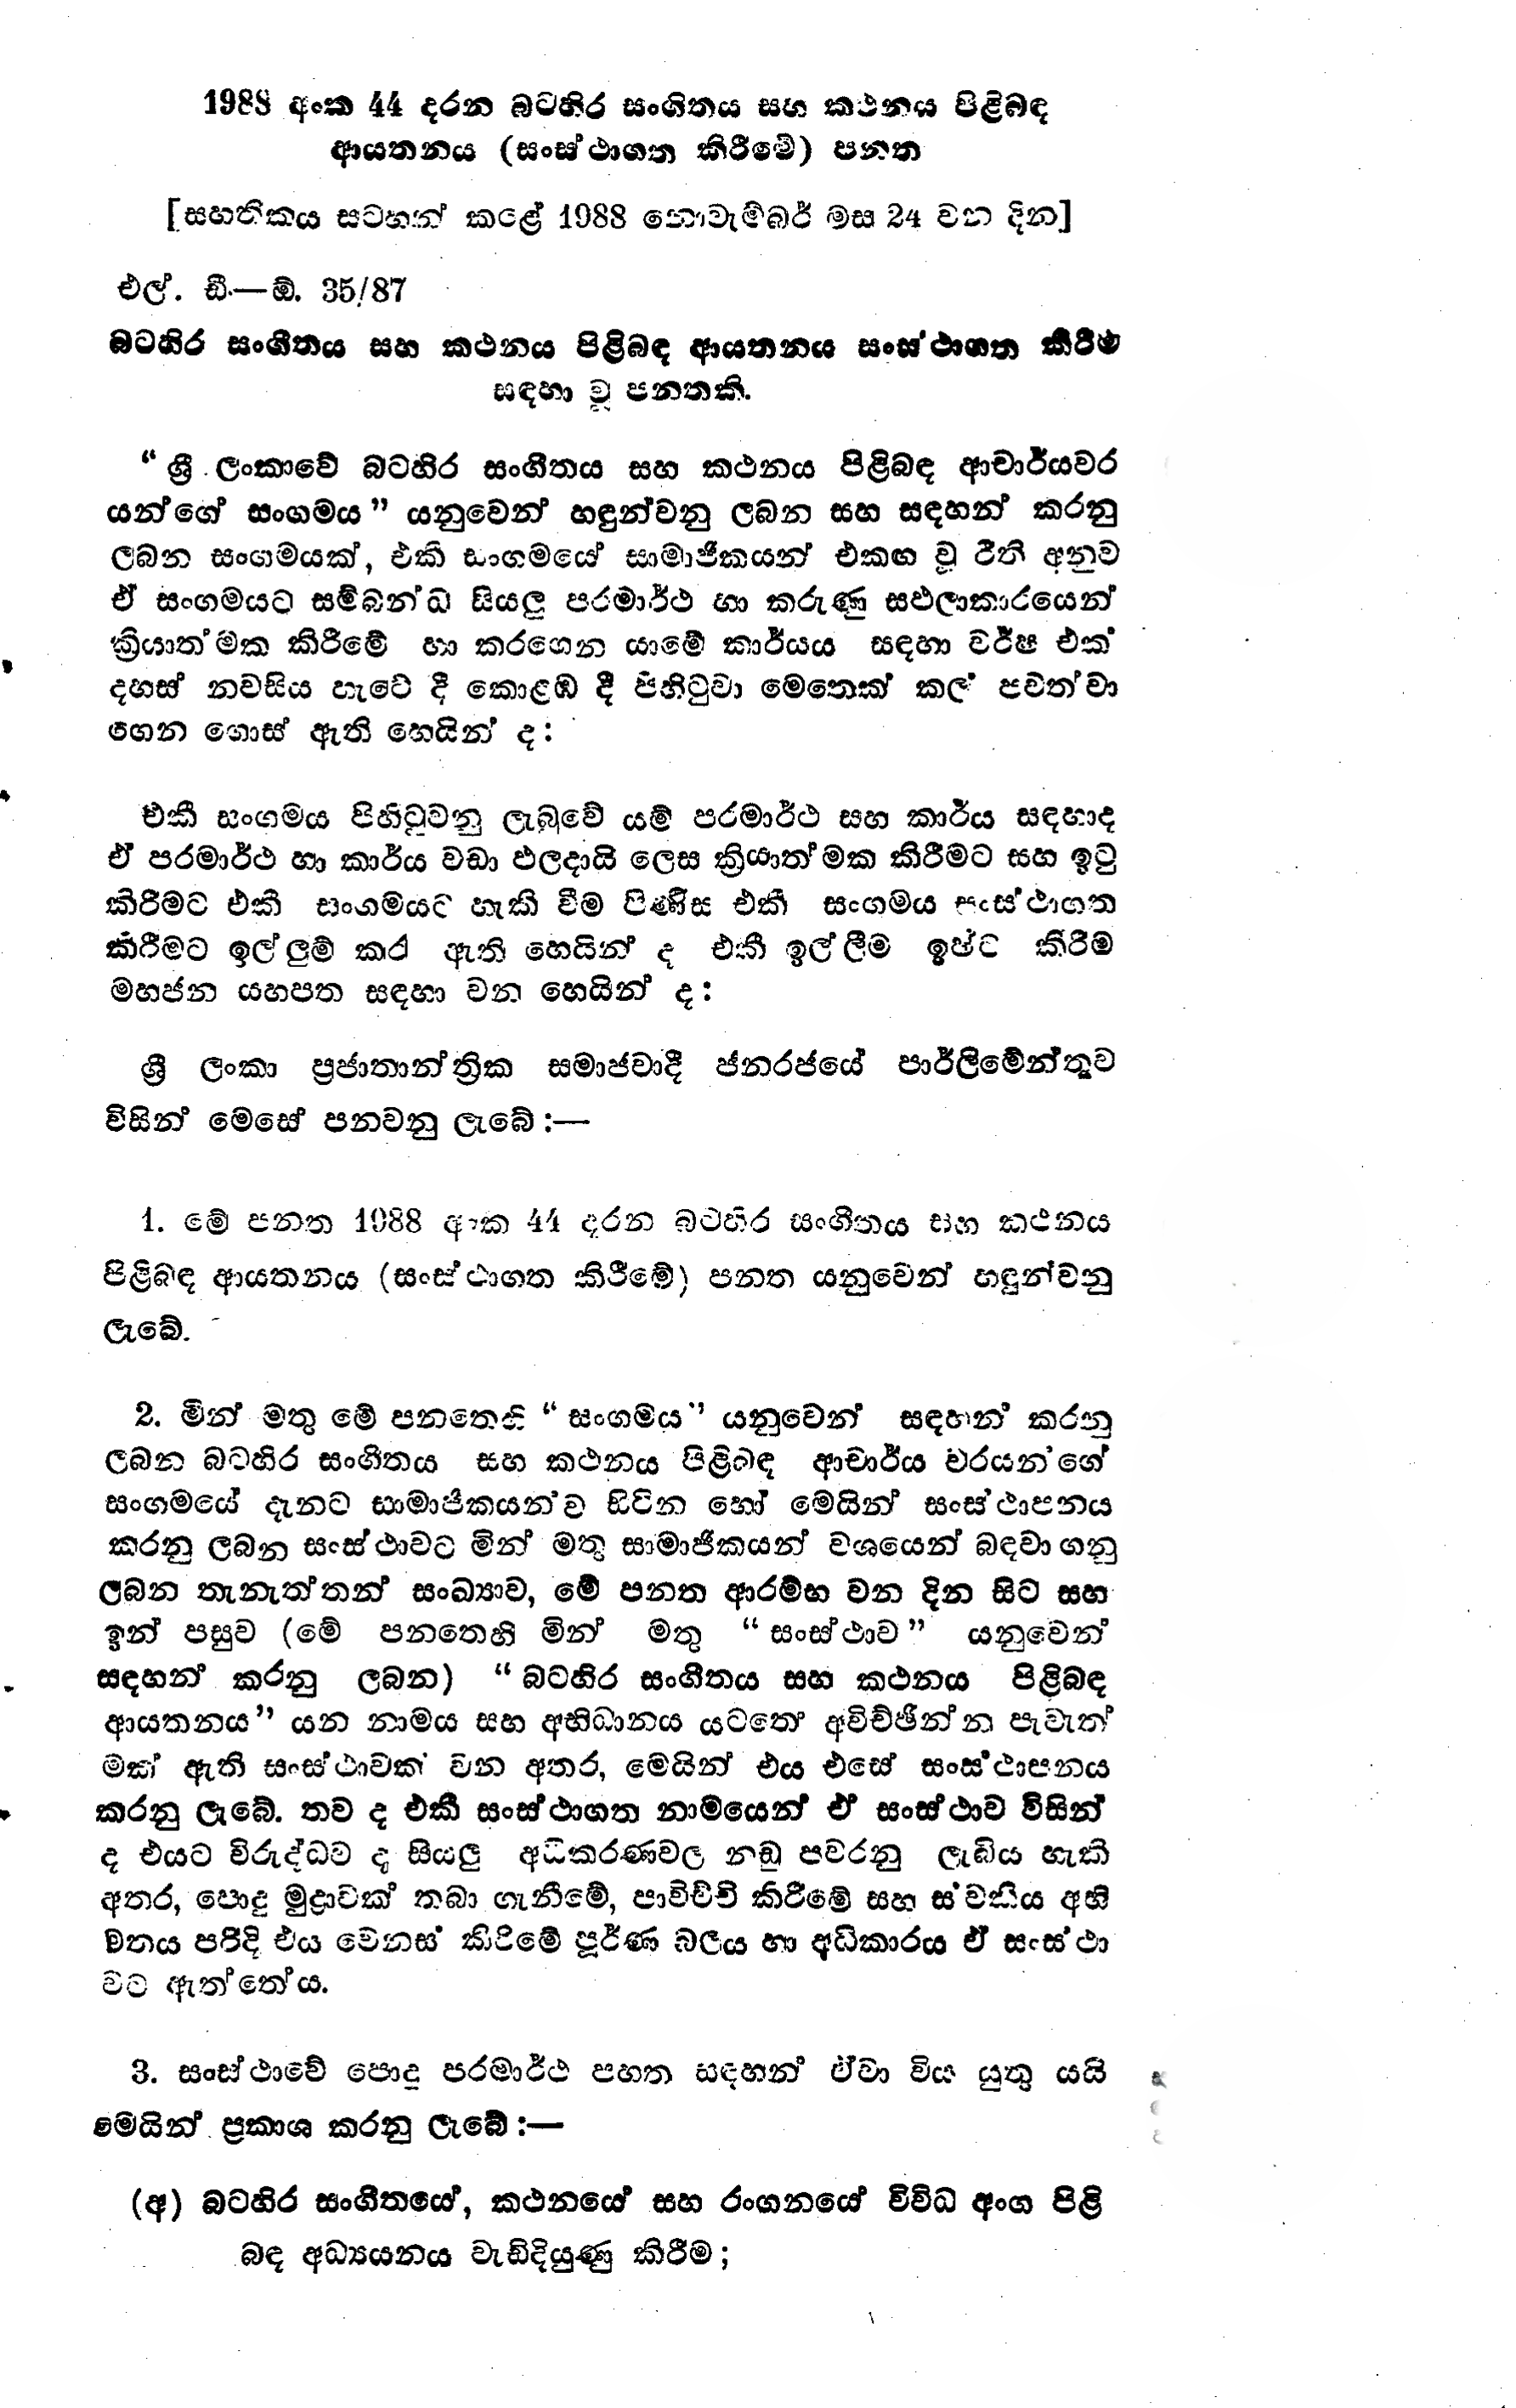
1988 අංක 44 දරන බටහිර සංගීතය සහ කථනය පිළිබඳ
ආයතනය (සංස්ථාගත කිරීමේ) පනත

[සහතිකය සටහන් කළේ 1988 නොවැම්බර් මස 24 වන දින )

එල්. ඩී--ඕ. 35/87

බටහිර සංගීතය සහ කථනය පිළිබඳ ආයතනය සංස්ථාගත කිරීම
සඳහා වූ පනතකි.

"ශ්‍රී ලංකාවේ බටහිර සංගීතය සහ කථනය පිළිබඳ ආචාර්යවර
යන්ගේ සංගමය " යනුවෙන් හඳුන්වනු ලබන සහ සඳහන් කරනු
ලබන සංගමයක්, එකී සංගමයේ සාමාජිකයන් එකඟ වූ රීති අනුව
ඒ සංගමයට සම්බන්ධ සියලු පරමාර්ථ හා කරුණු සඵලාකාරයෙන්
ක්‍රියාත්මක කිරීමේ හා කරගෙන යාමේ කාර්යය සඳහා වර්ෂ එක්
දහස් නවසිය හැටේ දී කොළඹ දී පිහිටුවා මෙතෙක් කල් පවත්වා
ගෙන ගොස් ඇති හෙයින් ද;

එකී සංගමය පිහිටුවනු ලැබුවේ යම් පරමාර්ථ සහ කාර්ය සඳහාද
ඒ පරමාර්ථ හා කාර්ය වඩා ඵලදායි ලෙස ක්‍රියාත්මක කිරීමට සහ ඉටු
කිරීමට එකී සංගමයට හැකි වීම පිණිස එකී සංගමය සංස්ථාගත
කිරීමට ඉල්ලුම් කර ඇති හෙයින් ද එකී ඉල්ලීම ඉෂ්ට කිරීම
මහජන යහපත සඳහා වන හෙයින් ද:

ශ්‍රී ලංකා ප්‍රජාතාන්ත්‍රික සමාජවාදී ජනරජයේ පාර්ලිමේන්තුව
විසින් මෙසේ පනවනු ලැබේ :-

1. මේ පනත 1988 අංක 44 දරන බටහිර සංගීතය සහ කථනය
පිළිබඳ ආයතනය (සංස්ථාගත කිරීමේ) පනත යනුවෙන් හඳුන්වනු
ලැබේ.

2. මින් මතු මේ පනතෙහි "සංගමය " යනුවෙන් සඳහන් කරනු
ලබන බටහිර සංගීතය සහ කථනය පිළිබඳ ආචාර්ය වරයන්ගේ
සංගමයේ දැනට සාමාජීකයන්ව සිටින හෝ මෙයින් සංස්ථාපනය
කරනු ලබන සංස්ථාවට මින් මතු සාමාජිකයන් වශයෙන් බඳවා ගනු
ලබන තැනැත්තන් සංඛ්‍යාව, මේ පනත ආරම්භ වන දින සිට සහ
ඉන් පසුව (මේ පනතෙහි මින් මතු "සංස්ථාව " යනුවෙන්
සඳහන් කරනු ලබන) "බටහිර සංගීතය සහ කථනය පිළිබඳ
ආයතනය" යන නාමය සහ අභිධානය යටතේ අවිච්ඡින්න පැවැත්
මක් ඇති සංස්ථාවක් වන අතර, මෙයින් එය එසේ සංස්ඨාපනය
කරනු ලැබේ. තව ද එකී සංස්ථාගත නාමයෙන් ඒ සංස්ථාව විසින්
ද එයට විරුද්ධව ද සියලු අධිකරණවල නඩු පවරනු ලැබිය හැකි
අතර, පොදු මුද්‍රාවක් තබා ගැනීමේ, පාවිච්චි කිරීමේ සහ ස්වකීය අභි
මතය පරිදි එය වෙනස් කිරිමේ පූර්ණ බලය හා අධිකාරය ඒ සංස්ථා
වට ඇත්තේය.

3. සංස්ථාවේ පොදු පරමාර්ථ පහත සඳහන් ඒවා විය යුතු යයි
මෙයින් ප්‍රකාශ කරනු ලැබේ:-

(අ) බටහිර සංගීත‍යේ, කථනයේ සහ රංගනයේ විවිධ අංග පිළි
බඳ අධ්‍යයනය වැඩි දියුණු කිරීම;